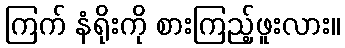
ကြက် နံရိုးကို စားကြည့်ဖူးလား။